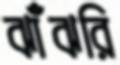
ঝাঁঝরি